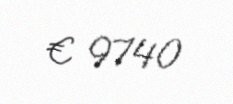
€ 9740